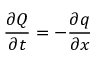
{ \frac { \partial Q } { \partial t } } = - { \frac { \partial q } { \partial x } }